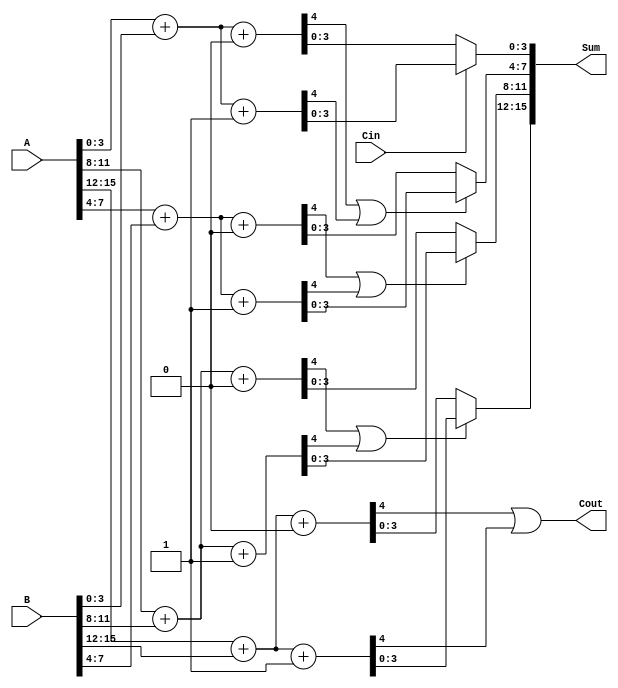
module RCCS_Adder #(parameter N = 16, M = 4) (
    input [N-1:0] A,
    input [N-1:0] B,
    input Cin,
    output [N-1:0] Sum,
    output Cout
);

    // Number of segments
    localparam S = N / M;

    // Intermediate signals
    wire [S-1:0] carry_out;
    wire [N-1:0] sum0, sum1; // Sums for carry-in 0 and 1
    wire [S-1:0] carry_in;    // Carry in for each segment

    // Generate the segments
    genvar i;
    generate
        for (i = 0; i < S; i = i + 1) begin : adder_segment
            wire [M-1:0] A_seg = A[M*i +: M];
            wire [M-1:0] B_seg = B[M*i +: M];
            wire carry_in_seg = (i == 0) ? Cin : carry_out[i-1];

            // Full Adders for carry-in = 0
            wire [M:0] sum_cin0; // 1 extra bit for carry out
            assign sum_cin0 = A_seg + B_seg + 0;

            // Full Adders for carry-in = 1
            wire [M:0] sum_cin1;
            assign sum_cin1 = A_seg + B_seg + 1;

            // Assign the carry out for the current segment
            assign carry_out[i] = sum_cin0[M] | sum_cin1[M];

            // MUX to select the correct sum based on carry_in
            assign Sum[M*i +: M] = (carry_in_seg) ? sum_cin1[M-1:0] : sum_cin0[M-1:0];
        end
    endgenerate

    // Final carry out
    assign Cout = carry_out[S-1];

endmodule